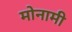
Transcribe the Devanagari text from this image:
मोनामी